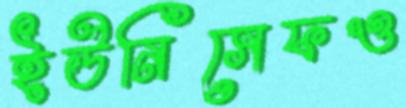
ইউনিসেফও